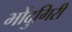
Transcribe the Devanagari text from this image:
भोंदुगिरी